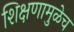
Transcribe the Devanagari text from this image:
शिक्षणामुळेच